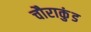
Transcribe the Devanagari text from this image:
चौराकुंड